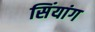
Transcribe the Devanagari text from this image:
सिंयांग